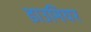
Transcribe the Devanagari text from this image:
डाउमियर